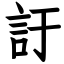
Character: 訏